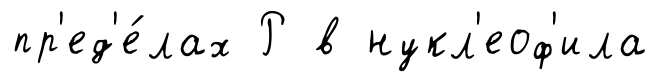
пр'ед'е́лах Р в нукл'еоф'ила